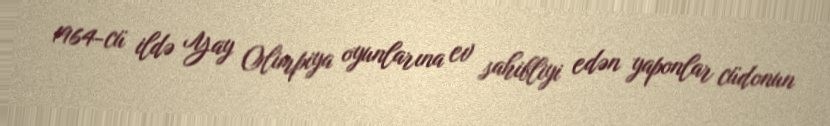
1964-cü ildə Yay Olimpiya oyunlarına ev sahibliyi edən yaponlar cüdonun